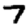
Digit: 7